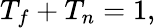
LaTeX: T_{f}+T_{n}=1,